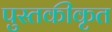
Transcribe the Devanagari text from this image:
पुस्तकीकृत